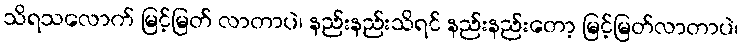
သိရသလောက် မြင့်မြတ် လာတာပဲ၊ နည်းနည်းသိရင် နည်းနည်းတော့ မြင့်မြတ်လာတာပဲ၊